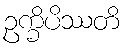
ဥက္ခိပိဿတိ